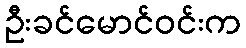
ဦးခင်မောင်ဝင်းက